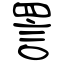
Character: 詈